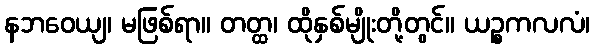
နဘဝေယျ၊ မဖြစ်ရာ။ တတ္ထ၊ ထိုနှစ်မျိုးတို့တွင်။ ယဉ္စကလလံ၊